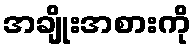
အချိုးအစားကို